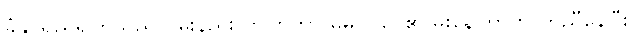
ခံနိုင်ရည်ရှိကြသည် ဝမ်းနည်းလာကြကာ မိမိဝင်ငွေ၏ မိုးနေကြာကို ကူညီနေပြီး